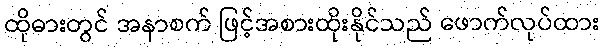
ထိုဓားတွင် အနာစက် ဖြင့်အစားထိုးနိုင်သည် ဖောက်လုပ်ထား